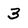
Character: 3